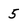
Character: 5